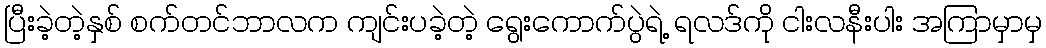
ပြီးခဲ့တဲ့နှစ် စက်တင်ဘာလက ကျင်းပခဲ့တဲ့ ရွေးကောက်ပွဲရဲ့ ရလဒ်ကို ငါးလနီးပါး အကြာမှာမှ